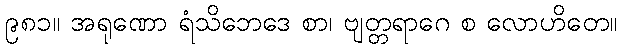
၉၈၁။ အရုဏော ရံသိဘေဒေ စာ၊ ဗျတ္တရာဂေ စ လောဟိတေ။